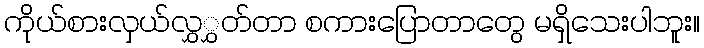
ကိုယ်စားလှယ်လွှွှတ်တာ စကားပြောတာတွေ မရှိသေးပါဘူး။